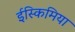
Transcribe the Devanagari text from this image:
ईस्किमिया